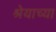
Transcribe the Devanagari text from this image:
श्रेयाच्या